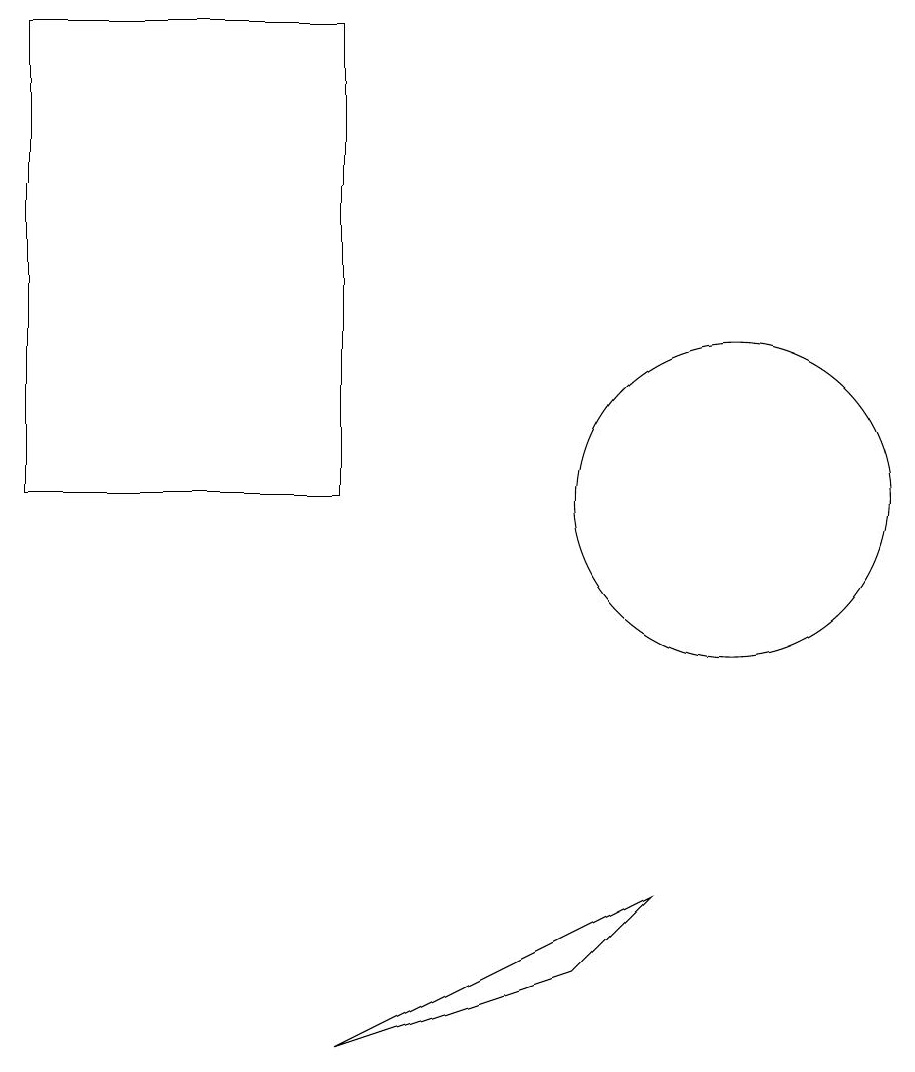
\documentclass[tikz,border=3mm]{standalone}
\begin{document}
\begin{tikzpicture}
\draw (9,7) -- (8,6) -- (5,5) -- cycle;
\draw (10,12) circle (2);
\draw (5,12) rectangle (1,18);
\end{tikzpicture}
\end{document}